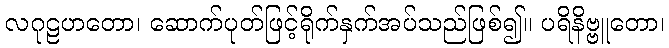
လဂုဠဟတော၊ ဆောက်ပုတ်ဖြင့်ရိုက်နှက်အပ်သည်ဖြစ်၍။ ပရိနိဗ္ဗူတော၊